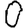
Digit: 0